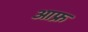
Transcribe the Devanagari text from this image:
आफ्र